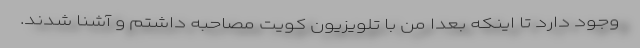
وجود دارد تا اینکه بعدا من با تلویزیون کویت مصاحبه داشتم و آشنا شدند.